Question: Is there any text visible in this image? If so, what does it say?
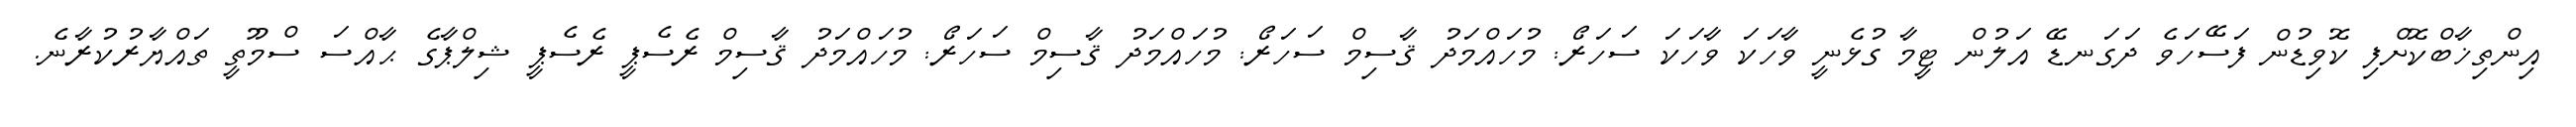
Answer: އިންތިޚާބްކޮށްފި ކޮވިޑުން ފަސޭހަވެ ދަގަނޑޭ އަލުން ޓީމާ ގުޅެނީ ވާހަކަ ވާހަކަ ސަހަރޯ: މުހައްމަދު ޤާސިމް ސަހަރޯ: މުހައްމަދު ޤާސިމް ސަހަރޯ: މުހައްމަދު ޤާސިމް ރެސެޕީ ރެސެޕީ ޝިލްޕާގެ ޙާއްސަ ސްމޫތީ ތައްޔާރުކުރާނެ.